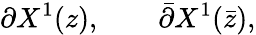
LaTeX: \partial X^{1}(z),\qquad\bar{\partial}X^{1}(\bar{z}),